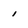
Character: i